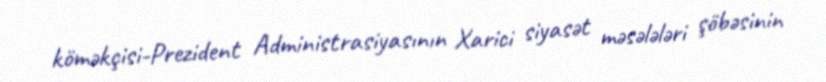
köməkçisi-Prezident Administrasiyasının Xarici siyasət məsələləri şöbəsinin